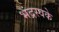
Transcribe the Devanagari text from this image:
भंद्रस्वके